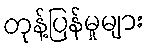
တုန့်ပြန်မှုများ